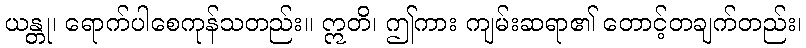
ယန္တု၊ ရောက်ပါစေကုန်သတည်း။ ဣတိ၊ ဤကား ကျမ်းဆရာ၏ တောင့်တချက်တည်း၊